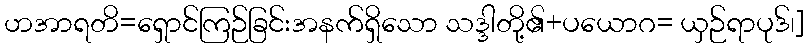
ဟအာရတိ=ရှောင်ကြဉ်ခြင်းအနက်ရှိသော သဒ္ဒါတို့၏+ပယောဂ= ယှဉ်ရာပုဒ်၊]